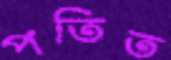
পতিত